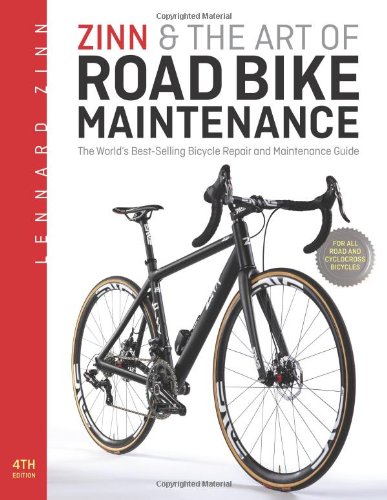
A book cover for Zinn & the Art of Road Bike Maintenance: The World's Best-Selling Bicycle Repair and Maintenance Guide; Lennard Zinn; Sports & Outdoors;